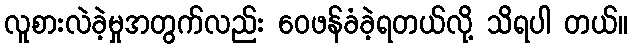
လူစားလဲခဲ့မှုအတွက်လည်း ဝေဖန်ခံခဲ့ရတယ်လို့ သိရပါ တယ်။